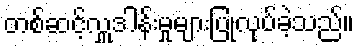
တစ်ဆင့်လှူဒါန်းမှုများပြုလုပ်ခဲ့သည်။